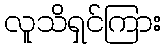
လူသိရှင်ကြား